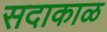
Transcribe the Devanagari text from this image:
सदाकाळ